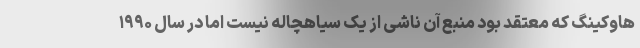
هاوکینگ که معتقد بود منبع آن ناشی از یک سیاهچاله نیست اما در سال ۱۹۹۰